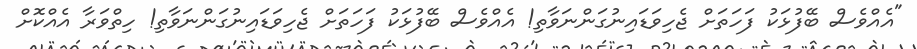
"އެއްވެސް ބޭފުޅަކު ފަހަތަށް ޖެހިވަޑައިނުގަންނަވާތި! އެއްވެސް ބޭފުޅަކު ފަހަތަށް ޖެހިވަޑައިނުގަންނަވާތި! ހިތްވަރާ އެއްކޮށް